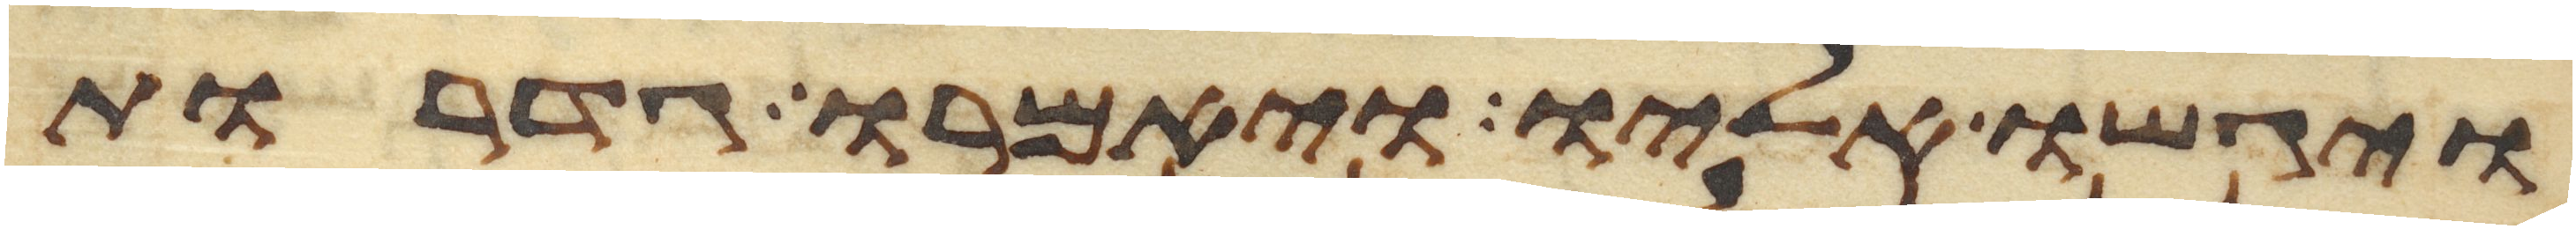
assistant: ויגשו אליו ויאמרו גדרות